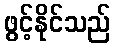
ဖွင့်နိုင်သည်